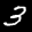
Label: 3